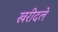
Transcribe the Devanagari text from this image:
खरीदले